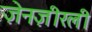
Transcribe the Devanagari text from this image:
ज़ेनज़ीरली